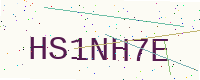
Text: HS1NH7E